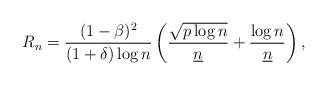
LaTeX: \begin{align*}R_{n} = {(1-\beta)^{2} \over (1+\delta) \log{n}} \left( {\sqrt{p\log{n}} \over \underline n} + {\log{n} \over \underline n} \right),\end{align*}